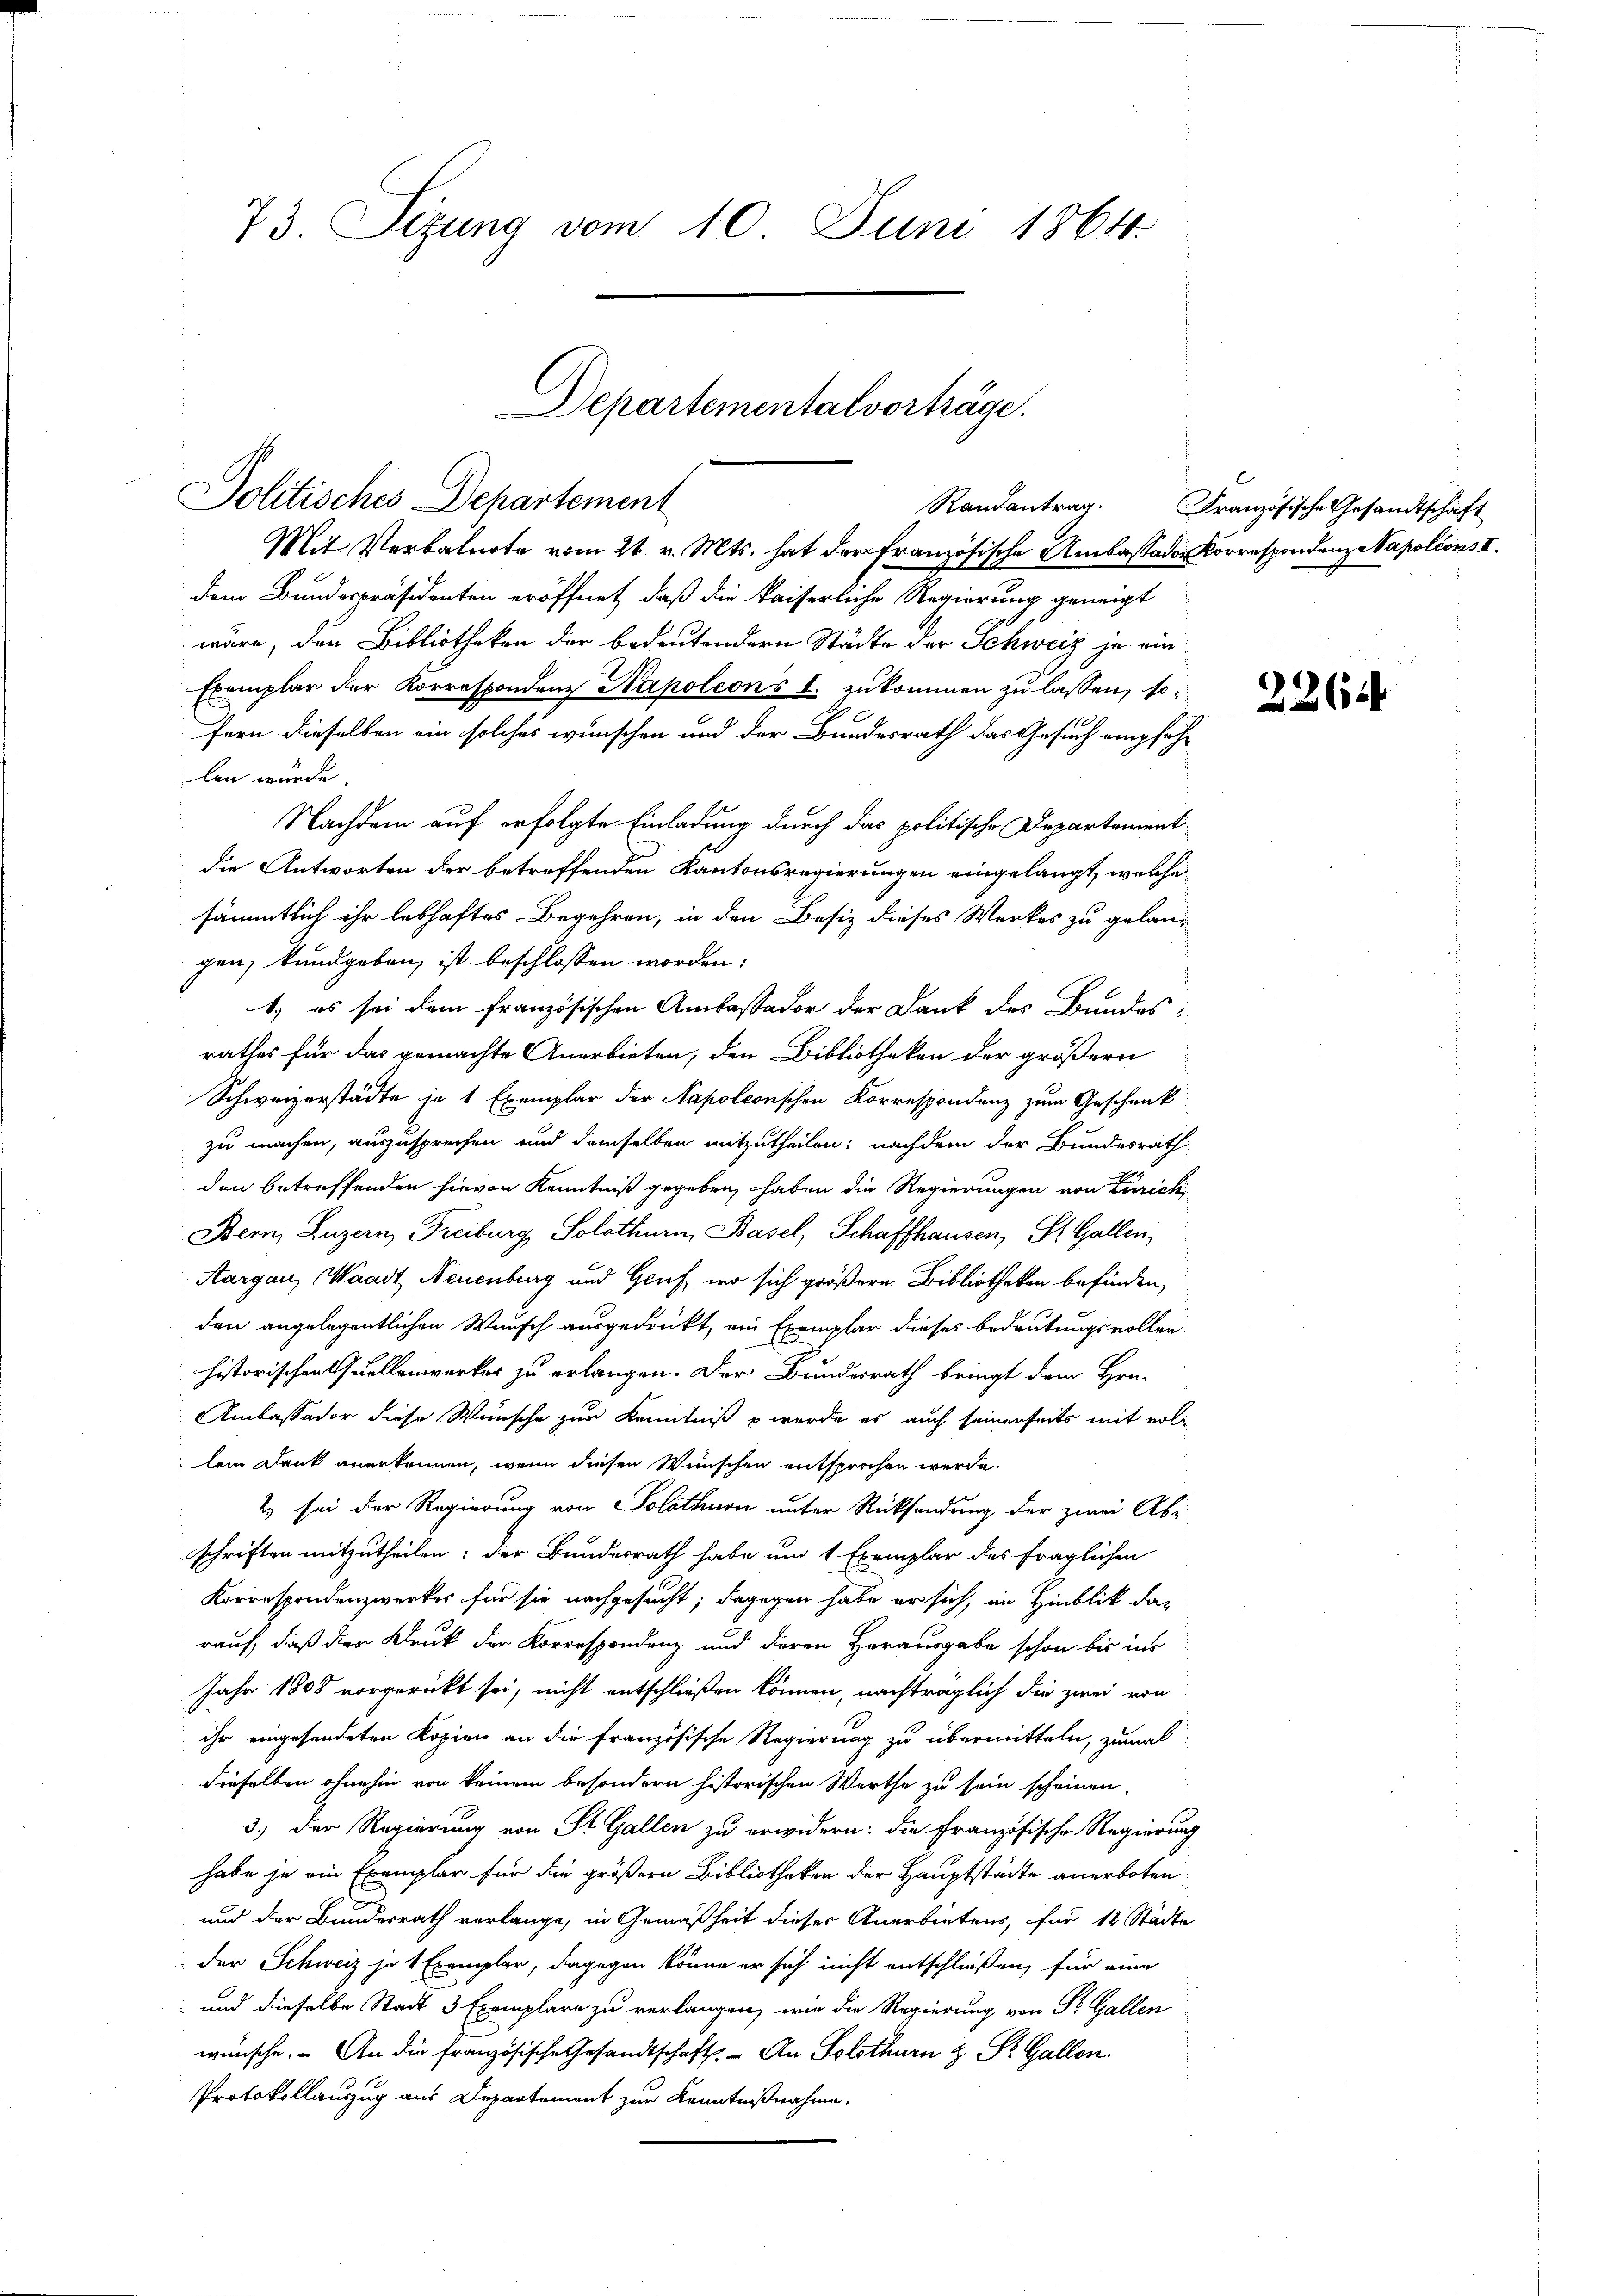
73. Sizung vom 10. Juni 1864.

Departementalvorträge.

Politisches Departement
Mit Verbalurte vom 21. v. Mts. hat der Französische Ambassador Korrespondenz Napoléons I
dem Bundespräsidenten eröffnet, daß die kaiserliche Regierung geneigt
wäre, den Bibliotheken der bedeutendern Städte der Schweiz je ein
Exemplar der Korrespondenz Napoleons I. zukommen zu lassen, sofern dieselben ein solches wünschen und der Bundesrath das Gesuch empfehlen wurde.
Nachdem auf erfolgte Einladung durch das politische Departement
die Antworten der betreffenden Kantonsregierungen eingelangt, welche
sämmtlich ihr lebhaftes Begehren, in den Besiz dieses Werkes zu gelangen, kundgeben, ist beschlossen worden.
1.) es sei dem französischen Ambaßador der Dank des Bundes
rathes für das gemachte Anerbieten, den Bibliotheken der größern
Schweizerstädte je 1 Exemplar der Napoleonischen Korrespondenz zum Geschenk
zu machen, auszusprechen und demselben mitzutheilen; nachdem der Bundesrath
den betreffenden hievon Kenntniß gegeben, haben die Regierungen von Zürich,
Bern, Luzern Freiburg, Solothurn, Basel, Schaffhausen, St. Gallen,
Aargau, Waadt, Neuenburg und Genf, wo sich größere Bibliotheken befinden,
den angelegentlichen Wunsch ausgedrückt, ein Exemplar dieses bedeutungsvollen
historischen Quellenwerker zu erlangen. Der Bundesrath bringt dem Hrn.
Ambassador diese Wünsche zur Kenntniß werde es auch seinerseits mit vol-
lein Dank anerkennen, wenn diesen Wünschen entsprochen werde.
2 sei der Regierung von Solothurn unter Rücksendung der zwei Abi-
schriften mitzutheilen; der Bundesrath habe um 1 Exemplar des fraglichen
Korrespondenzwerkes für sie nachgesucht; dagegen habe er sich, im Hinblik darauf, daß der Druk der Korrespondenz und deren Herausgabe schon bis ins
Jahr 1808 vorgerückt sei, nicht entschließen können, nachträglich die zwei von
ihr eingesendeten Kopien an die Französische Regierung zu übermitteln, zumal
dieselben ohnehin von keinem besondern historischen Werthe zu sein scheinen.
3.) Der Regierung von St. Gallen zu erwidern: die Französische Regierung
habe je ein Exemplar für die größern Bibliotheken der Hauptstädte anerboten
und der Bundesrath vorlange, in Gemäßheit dieser Anerbietens, für 12 Städte
der Schweiz je 1 Exemplar, dagegen könne er sich nicht entschließen, für eine
und dieselbe Stadt 3 Exemplare zu verlangen, wie die Regierung von St. Gallen
wünsche. An die französische Gesandtschaft. - An Solothurn & St. Gallen.
Protokollauszug aus Departement zur Kenntnißnahme.

Randantrag. Französische Gesandtschaft

2264